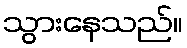
သွားနေသည်။